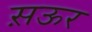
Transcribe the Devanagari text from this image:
स़ऊर